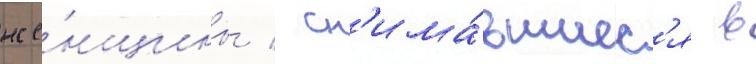
же́нщины / сн'има́вшиес'я в